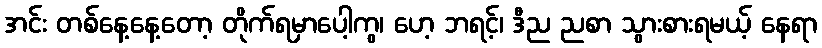
အင်း တစ်နေ့နေ့တော့ တိုက်ရမှာပေါ့ကွ၊ ဟေ့ ဘရင့်၊ ဒီည ညစာ သွားစားရမယ့် နေရာ